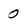
Character: 0